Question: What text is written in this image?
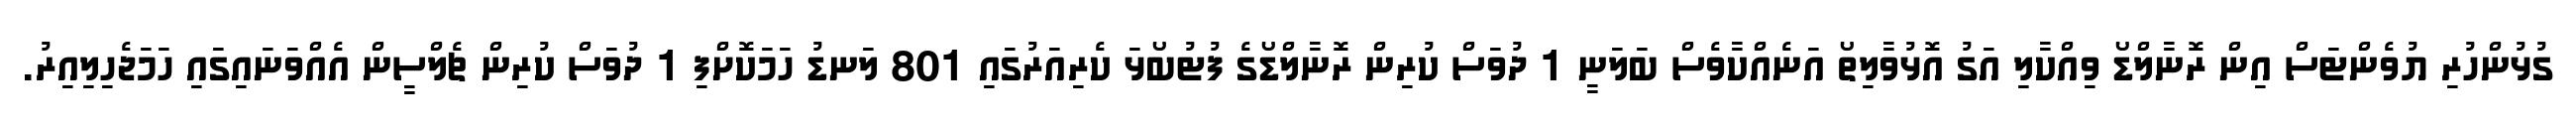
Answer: ގުޅުންހުރި ޔުވެންޓަސް އިން ރޮނާލްޑޯ ވިއްކާލި އަގު އޮޅުވާލިތޯ އަނެއްކާވެސް ބަލަނީ 1 ދުވަސް ކުރިން ރޮނާލްޑޯގެ ފުޓުބޯޅަ ކެރިއަރުގައި 801 ލަނޑު ހަމަކޮށްފި 1 ދުވަސް ކުރިން ޗެލްސީން އެއްވަނައިގައި ހަމަޖެހިލިއިރު.